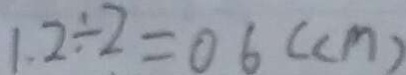
1 . 2 \div 2 = 0 6 ( c m )